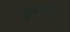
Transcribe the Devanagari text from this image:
पूलानंतर